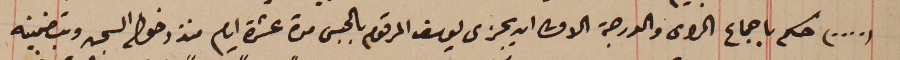
(....) حكم باجماع الراى والدرجة الاولى ان يجزى يوسف المرقوم بالحبس مدة عشرة ايام منذ دخول السجن وبتضمينه